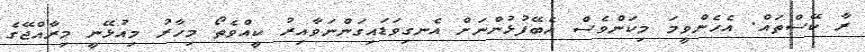
ރާ ކޭސްތައް. އެހެންވީމަ މިކަންވެސް އެބޭފުޅުންނަށް އެނގިވަޑައިގަންނަވާއިރު ކީއްވެތޯ މިހާރު މިއުޅޭނީ މިރާއްޖޭގެ